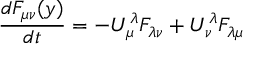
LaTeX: { \frac { d F _ { \mu \nu } ( y ) } { d t } } = - U _ { \mu } ^ { \lambda } F _ { \lambda \nu } + U _ { \nu } ^ { \lambda } F _ { \lambda \mu }